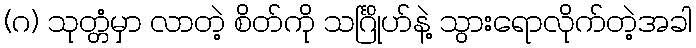
(ဂ) သုတ္တံမှာ လာတဲ့ စိတ်ကို သင်္ဂြိုဟ်နဲ့ သွားရောလိုက်တဲ့အခါ